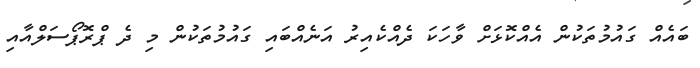
ބައެއް ގައުމުތަކުން އެއްކޮޅަށް ވާހަކަ ދެއްކެއިރު އަނެއްބައި ގައުމުތަކުން މި ދެ ޕްރޮޕޯސަލްއާއި